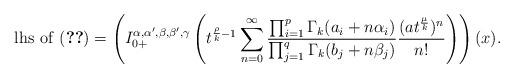
LaTeX: \begin{align*}\mathrm{lhs\ of\ (\ref{3.1})} =\left(I_{0+}^{\alpha,\alpha',\beta,\beta',\gamma}\left(t^{\frac{\rho}{k}-1}\sum_{n=0}^{\infty}\frac{\prod_{i=1}^{p}\Gamma_k(a_i+n\alpha_i)}{\prod_{j=1}^{q}\Gamma_k(b_j+n\beta_j)}\frac{(at^{\frac{\mu}{k}})^n}{n!}\right)\right)(x).\end{align*}